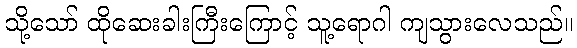
သို့သော် ထိုဆေးခါးကြီးကြောင့် သူ့ရောဂါ ကျသွားလေသည်။